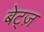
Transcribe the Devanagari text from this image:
बेट्ज़